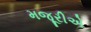
મજૂરીએ